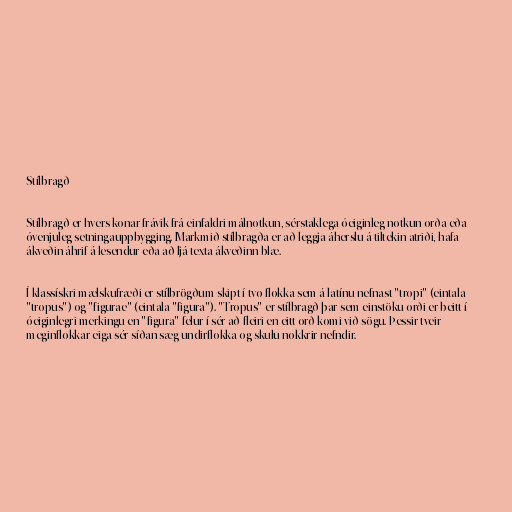
Stílbragð

Stílbragð er hvers konar frávik frá einfaldri málnotkun, sérstaklega óeiginleg notkun orða eða
óvenjuleg setningauppbygging. Markmið stílbragða er að leggja áherslu á tiltekin atriði, hafa
ákveðin áhrif á lesendur eða að ljá texta ákveðinn blæ.

Í klassískri mælskufræði er stílbrögðum skipt í tvo flokka sem á latínu nefnast "tropi" (eintala
"tropus") og "figurae" (eintala "figura"). "Tropus" er stílbragð þar sem einstöku orði er beitt í
óeiginlegri merkingu en "figura" felur í sér að fleiri en eitt orð komi við sögu. Þessir tveir
meginflokkar eiga sér síðan sæg undirflokka og skulu nokkrir nefndir.